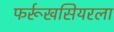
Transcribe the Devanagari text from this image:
फर्रूखसियरला